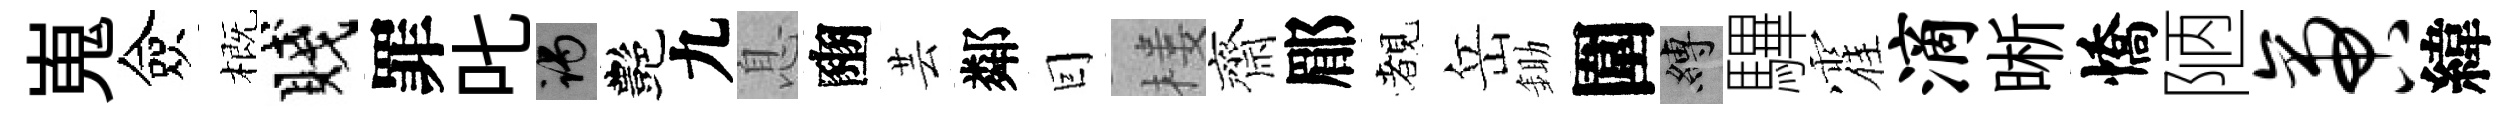
嵬僉概賤罪叱谒艷九息豳芸鄰囙楼齊郿覩岳鋤圍縛驆霍滴晰憍陋啻緯